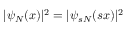
| \psi _ { N } ( x ) | ^ { 2 } = | \psi _ { s N } ( s x ) | ^ { 2 }